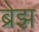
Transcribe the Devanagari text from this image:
ब्रेझ